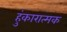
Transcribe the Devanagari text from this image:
हुंकारात्मक